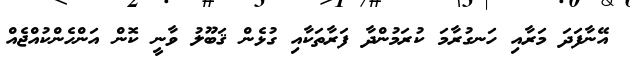
އޭނާފަދަ މަރާއި ހަނގުރާމަ ކުރަމުންދާ ފަރާތަކާއި ގުޅެން ޤަބޫލު ވާނީ ކޮން އަންހެންކުއްޖެއް